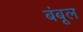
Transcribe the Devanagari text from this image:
बंबूल